Insane asylums in Bengal annual reports 1867-1875 - 1867-1875
Year: 1867
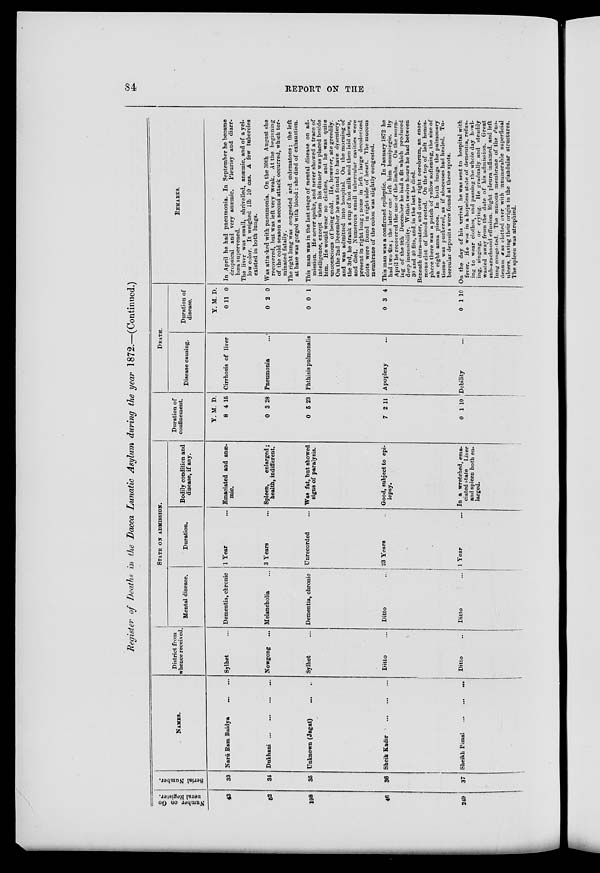
84
REPORT ON THE
Register of Deaths in the Dacca Lunatic Asylum during the year 1872.—(Continued.)
Number on Ge-
neral Register.
43
52
198
46
249
Serial Number.
33
34
35
36
37
NAMES.
Narú Ram Baidya
...
...
Dukhani
...
...
...
...
Unknown (Jagat)
... ...
Sheik Kadir ...
...
...
Sheikh Pimal
...
...
..
District from
whence received
Sylhet ...
Nowgong ...
Sylhet ...
Ditto ...
Ditto
...
STATE ON ADMISSION.
Mental disease.
Dementia, chronic
Melancholia ...
Dementia, chronic
Ditto
...
Ditto ...
Duration.
1 Year ...
3 Years ...
Unrecorded ...
23 Years ...
1 Year ...
Bodily condition and
disease, if any.
Emaciated and anæ-
mic.
Spleen,
enlarged;
health, indifferent.
Was fat, but showed
signs of paralysis.
Good, subject to epi-
lepsy.
In a wretched, ema-
ciated state Liver
and spleen both en-
larged.
Duration of
confinement.
Y.
8
0
0
7
0
M.
4
3
5
2
1
D.
15
28
23
11
10
DEATH.
Disease causing.
Cirrhosis of liver
Pneumonia ...
Phthisis pulmonalis
Apoplexy ...
Debility
...
Duration of
disease.
Y.
0
0
0
0
0
M.
11
2
0
3
1
D.
0
0
1
4
10
REMARKS.
In April he had pneumonia. In September he became
dropsical and very anæmic. Pleurisy and diarr-
hœa supervened.
The liver was small, shrivelled, anæmic, and of a yel-
low color. It weighed 1lb 10 ozs. A few tubercles
existed in both lungs.
Was attacked with pneumonia. On the 30th August she
recovered, but was left very weak. At the beginning
of the cold season a second attack occurred, which ter-
minated fatally.
The right lung was congested and œdematous; the left
at base was gorged with blood : she died of exhaustion.
This man was in the last stage of mental disease on ad-
mission. He never spoke, and never showed a trace of
intelligence, except when his dinner was placed beside
him. He would wear no clothes, and he was quite
unconscious of being cold. He, however, ate greedily.
On the 2nd December he was found to have dysentery,
and was admitted into hospital. On the morning of
the 3rd, he drank a cup of hot milk and then laid down,
and died. Numerous small tubercular cavities were
present in right lung ; none in left : large decolorized
clots were found in right side of heart. The mucous
membrane of the colon was slightly congested.
This man was a confirmed epileptic. In January 1872 he
had two fits ; the latter one left him hemiptegic. By
April he recovered the use of the limbs. On the morn-
ing of the 9th December he had a fit which produced
deep insensibility. Within twelve hours he had between
30 and 40 fits, and, in the last he died.
Beneath dura-mater, and over right cerebrum, an enor-
mous clot of blood rested. On the top of left hemis-
phere there was a patch of yellow softening, the size of
an eight anna piece. In both lungs the pulmonary
tissue was puckered, as if abscesses had healed. Tu-
bercular deposits were found at these spots.
On the day of his arrival he was sent to hospital with
fever. He was in a hopeless state of dementia, refus-
ing to wear clothes, and passing the whole day howl-
ing, singing, or crying. He gradually and steadily
wasted away from the date of his admission. Great
sub-arachnoid effusion. Right pleura inflamed, and left
lung congested. The mucous membrane of the duo-
denum was clotted over with innumerable superficial
ulcers, having their origin in the glandular structures.
The spleen was atrophied.